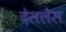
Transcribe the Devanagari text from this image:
देसलेस